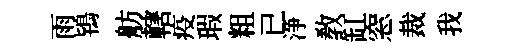
雨鴇舫轄疫瑕粗已浄敎缸窓裁我